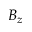
B _ { z }